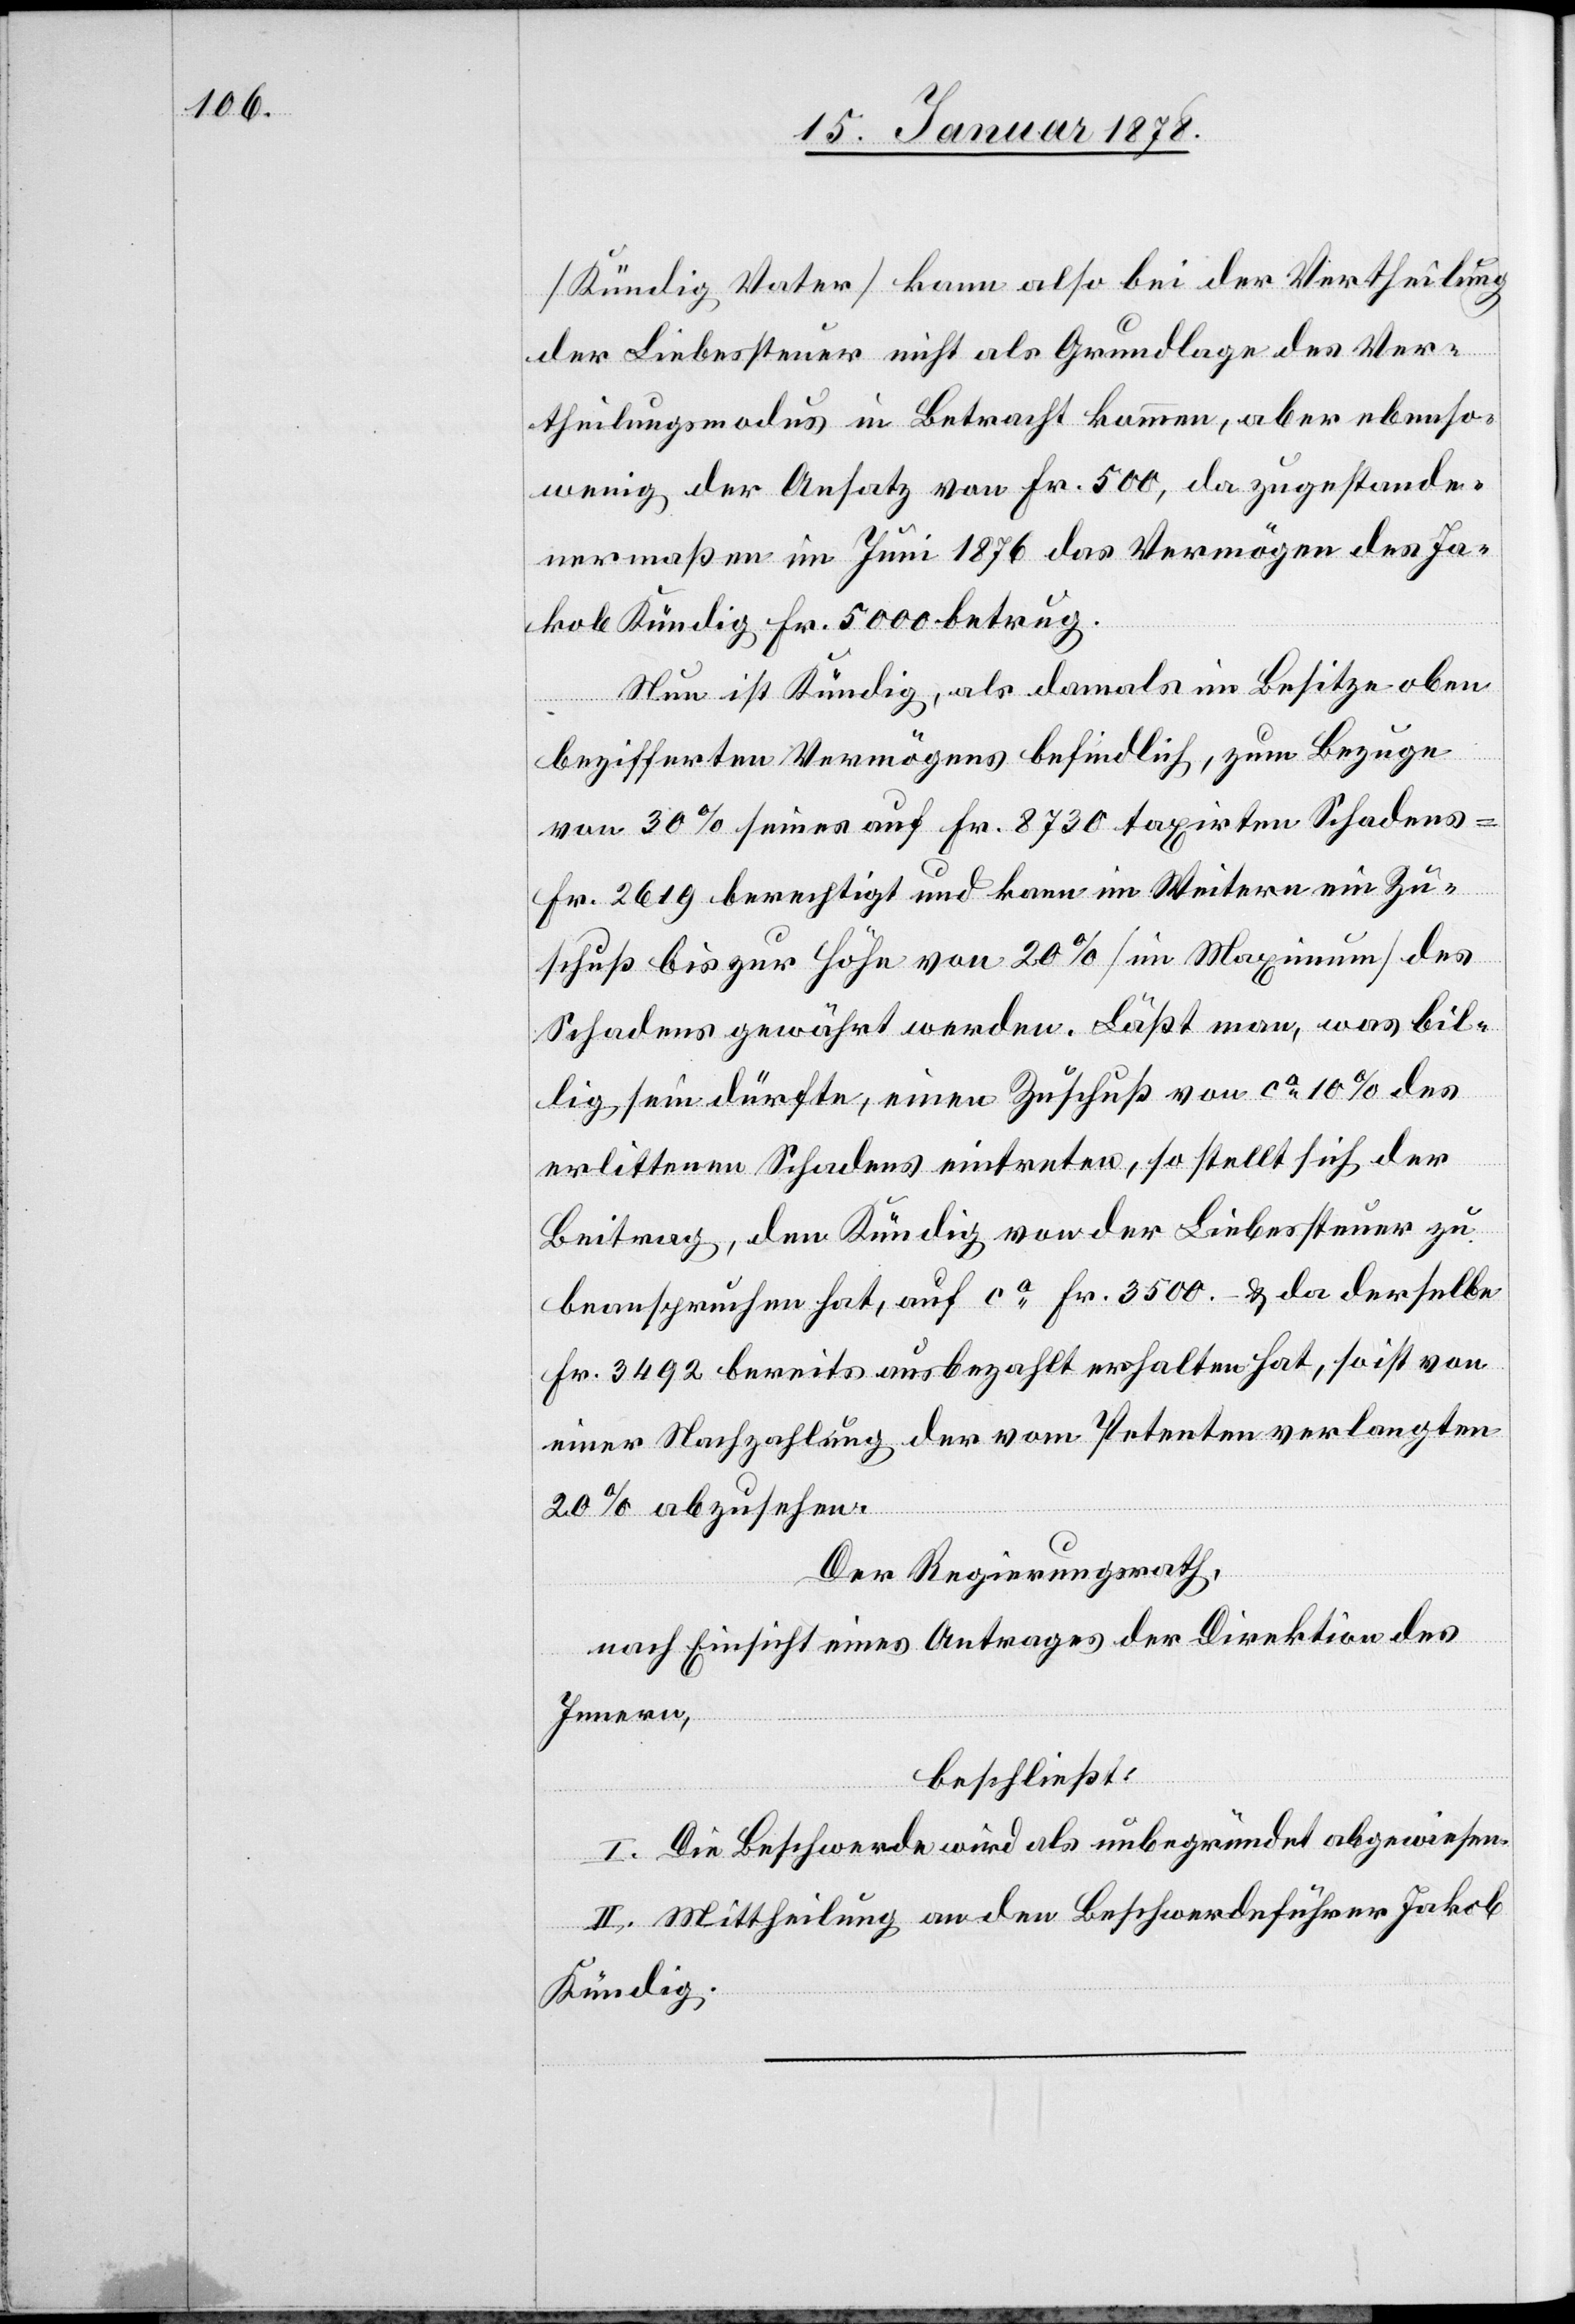
(Kündig Vater) kann also bei der Vertheilung
der Liebessteuer nicht als Grundlage des Ver¬
theilungsmodus in Betracht kommen, aber ebenso
wenig der Ansatz von Fr. 500, da zugestande¬
nermaßen im Juni 1876 das Vermögen des Ja¬
kob Kündig Fr. 5000 betrug.
Nun ist Kündig, als damals im Besitze oben
bezifferten Vermögens befindlich, zum Bezuge
von 30% seines auf Fr. 8730 taxirten Schadens
Fr. 2619 berechtigt und kann im Weitern ein Zu¬
schuß bis zur Höhe von 20% (im Maximum) des
Schadens gewährt werden. Läßt man, was bil¬
lig sein dürfte, einen Zuschuß von ca 10% des
erlittenen Schadens eintreten, so stellt sich der
Beitrag, den Kündig von der Liebessteuer zu
beanspruchen hat, auf ca Fr. 3500.– & da derselbe
Fr. 3492 bereits ausbezahlt erhalten hat, so ist von
einer Nachzahlung der vom Petenten verlangten
20% abzusehen.
Der Regierungsrath,
nach Einsicht eines Antrages der Direktion des
Innern,
beschließt:
I. Die Beschwerde wird als unbegründet abgewiesen.
II. Mittheilung an den Beschwerdeführer Jakob
Kündig.